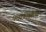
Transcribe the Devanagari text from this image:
पदातिसैन्यं